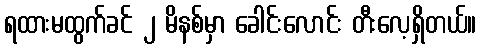
ရထားမထွက်ခင် ၂ မိနစ်မှာ ခေါင်းလောင်း တီးလေ့ရှိတယ်။